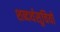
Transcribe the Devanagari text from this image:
शब्दर्थसूचियों